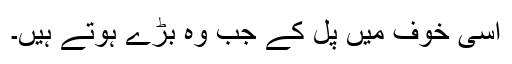
اسی خوف میں پل کے جب وہ بڑے ہوتے ہیں۔